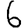
Digit: 6